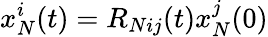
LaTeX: x_{N}^{i}(t)=R_{Nij}(t)x_{N}^{j}(0)